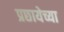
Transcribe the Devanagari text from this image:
प्रछायेच्या